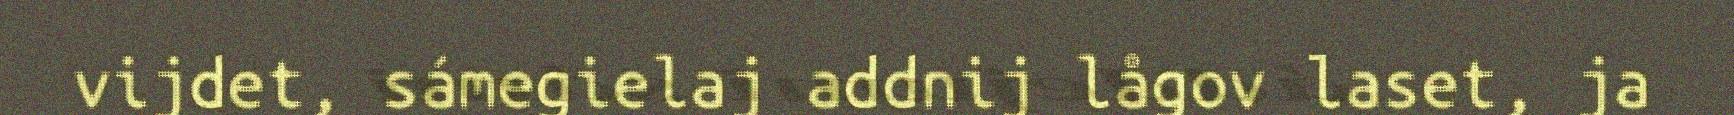
vijdet, sámegielaj addnij lågov laset, ja